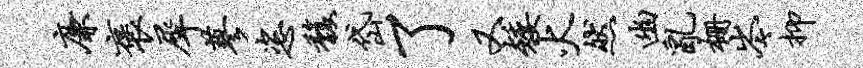
廉褒犀蓼恣馥岱了又矮火然幽乱栅岑抑